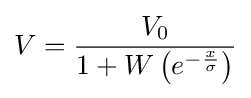
V={\frac {V_{0}}{1+W\left(e^{-{\frac {x}{\sigma }}}\right)}}